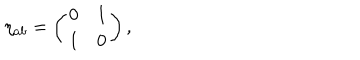
\eta _ { a b } = \left( \begin{array} { c c } { { 0 } } & { { 1 } } \\ { { 1 } } & { { 0 } } \\ \end{array} \right) ,